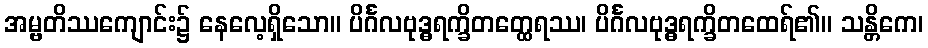
အမ္ဗတိဿကျောင်း၌ နေလေ့ရှိသော။ ပိင်္ဂလဗုဒ္ဓရက္ခိတတ္ထေရဿ၊ ပိင်္ဂလဗုဒ္ဓရက္ခိတထေရ်၏။ သန္တိကေ၊